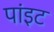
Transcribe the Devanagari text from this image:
पांइट